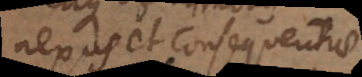
nexus et consequentiae